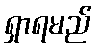
ရှာရမည်